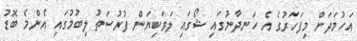
އަހުމަދަށް މިފަހަރުގެ އެ ހަނދާނުގައި ޝޯގައި ލަވަކިޔަން ފުރުސަތު ލިބުމުގައި އެންމެ ބޮޑު